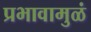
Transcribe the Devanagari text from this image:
प्रभावामुळं